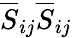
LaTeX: \overline{{S}}_{ij}\overline{{S}}_{ij}